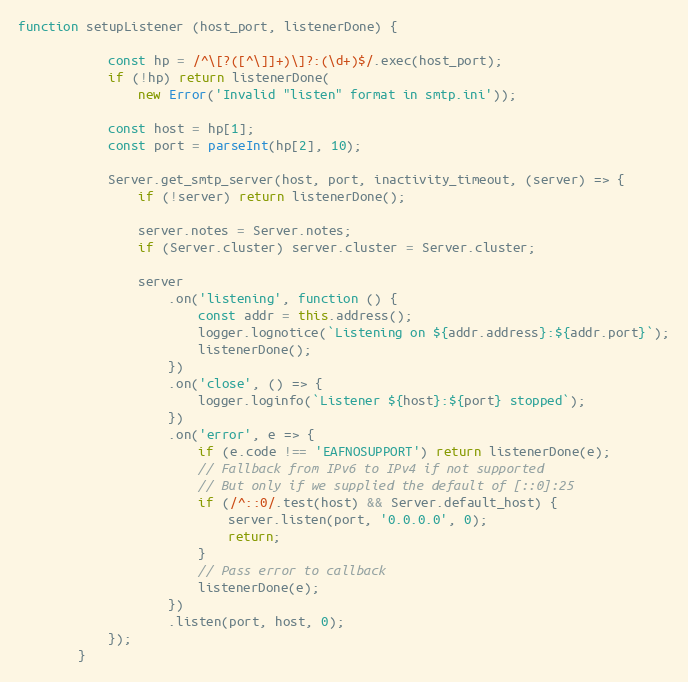
Language: JavaScript
function setupListener (host_port, listenerDone) {

            const hp = /^\[?([^\]]+)\]?:(\d+)$/.exec(host_port);
            if (!hp) return listenerDone(
                new Error('Invalid "listen" format in smtp.ini'));

            const host = hp[1];
            const port = parseInt(hp[2], 10);

            Server.get_smtp_server(host, port, inactivity_timeout, (server) => {
                if (!server) return listenerDone();

                server.notes = Server.notes;
                if (Server.cluster) server.cluster = Server.cluster;

                server
                    .on('listening', function () {
                        const addr = this.address();
                        logger.lognotice(`Listening on ${addr.address}:${addr.port}`);
                        listenerDone();
                    })
                    .on('close', () => {
                        logger.loginfo(`Listener ${host}:${port} stopped`);
                    })
                    .on('error', e => {
                        if (e.code !== 'EAFNOSUPPORT') return listenerDone(e);
                        // Fallback from IPv6 to IPv4 if not supported
                        // But only if we supplied the default of [::0]:25
                        if (/^::0/.test(host) && Server.default_host) {
                            server.listen(port, '0.0.0.0', 0);
                            return;
                        }
                        // Pass error to callback
                        listenerDone(e);
                    })
                    .listen(port, host, 0);
            });
        }